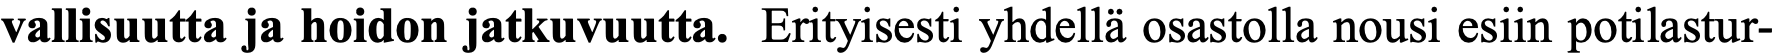
vallisuutta ja hoidon jatkuvuutta. Erityisesti yhdellä osastolla nousi esiin potilastur-